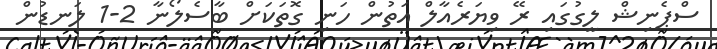
ސްޕެނިޝް ލީގުގައި ރޭ ވިޔަރެއާލް އަތުން ހަނި ގޮތަކަށް ބާސެލޯނާ 2-1 ލަނޑުން